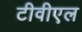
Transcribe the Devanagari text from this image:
टीवीएल